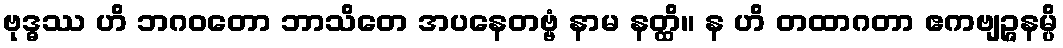
ဗုဒ္ဓဿ ဟိ ဘဂဝတော ဘာသိတေ အပနေတဗ္ဗံ နာမ နတ္ထိ။ န ဟိ တထာဂတာ ဧကဗျဉ္ဇနမ္ပိ